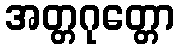
အတ္တဂုတ္တော